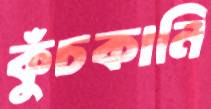
কুঁচকানি